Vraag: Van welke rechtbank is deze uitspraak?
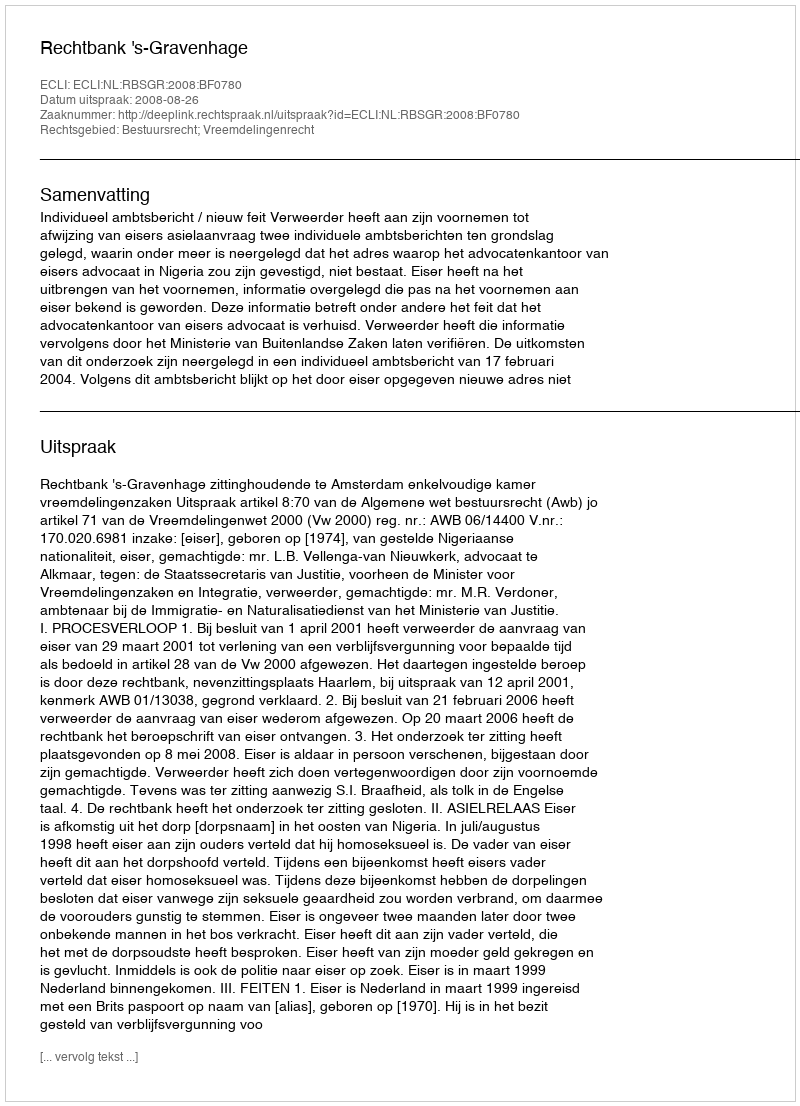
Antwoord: Rechtbank 's-Gravenhage